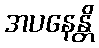
အပနေန္တိ